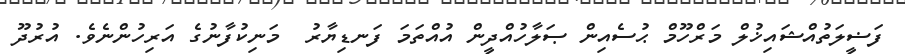
ފަޟީލަތުއްޝައިޚުލް މަރްހޫމް ޙުސެއިން ޞަލާހުއްދީން އުއްތަމަ ފަނޑިޔާރު  މަނިކުފާނުގެ އަރިހުންނެވެ. އުރުދޫ